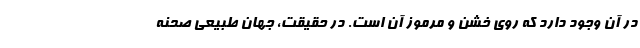
در آن وجود دارد که روی خشن و مرموز آن است. در حقیقت، جهان طبیعی صحنه